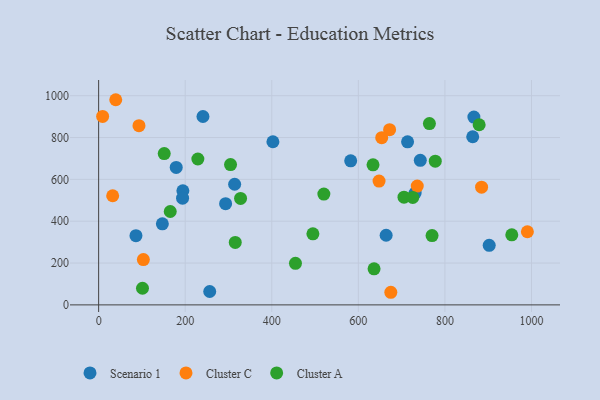
{"axis": {"x": "Experience", "y": "Rating"}, "legend": ["Cluster A", "Cluster C", "Scenario 1"], "data": [{"x": "241.0", "y": 900.6, "type": "Scenario 1"}, {"x": "402.6", "y": 779.9, "type": "Scenario 1"}, {"x": "293.3", "y": 483.8, "type": "Scenario 1"}, {"x": "86.2", "y": 331.0, "type": "Scenario 1"}, {"x": "743.1", "y": 691.0, "type": "Scenario 1"}, {"x": "194.6", "y": 545.6, "type": "Scenario 1"}, {"x": "179.2", "y": 657.1, "type": "Scenario 1"}, {"x": "193.9", "y": 510.2, "type": "Scenario 1"}, {"x": "866.9", "y": 897.8, "type": "Scenario 1"}, {"x": "147.2", "y": 387.4, "type": "Scenario 1"}, {"x": "256.6", "y": 64.0, "type": "Scenario 1"}, {"x": "314.2", "y": 576.7, "type": "Scenario 1"}, {"x": "713.7", "y": 779.5, "type": "Scenario 1"}, {"x": "731.2", "y": 534.4, "type": "Scenario 1"}, {"x": "902.3", "y": 284.9, "type": "Scenario 1"}, {"x": "582.3", "y": 688.6, "type": "Scenario 1"}, {"x": "664.2", "y": 332.9, "type": "Scenario 1"}, {"x": "864.2", "y": 803.7, "type": "Scenario 1"}, {"x": "672.2", "y": 837.7, "type": "Cluster C"}, {"x": "39.5", "y": 980.7, "type": "Cluster C"}, {"x": "990.5", "y": 349.6, "type": "Cluster C"}, {"x": "884.7", "y": 562.9, "type": "Cluster C"}, {"x": "9.2", "y": 900.7, "type": "Cluster C"}, {"x": "32.4", "y": 521.6, "type": "Cluster C"}, {"x": "675.0", "y": 60.3, "type": "Cluster C"}, {"x": "93.2", "y": 856.7, "type": "Cluster C"}, {"x": "647.8", "y": 592.0, "type": "Cluster C"}, {"x": "736.1", "y": 568.0, "type": "Cluster C"}, {"x": "654.0", "y": 799.3, "type": "Cluster C"}, {"x": "103.3", "y": 216.8, "type": "Cluster C"}, {"x": "777.7", "y": 686.9, "type": "Cluster A"}, {"x": "151.5", "y": 723.4, "type": "Cluster A"}, {"x": "636.3", "y": 172.3, "type": "Cluster A"}, {"x": "454.7", "y": 198.5, "type": "Cluster A"}, {"x": "764.2", "y": 866.9, "type": "Cluster A"}, {"x": "520.3", "y": 529.5, "type": "Cluster A"}, {"x": "705.5", "y": 514.8, "type": "Cluster A"}, {"x": "315.6", "y": 298.6, "type": "Cluster A"}, {"x": "879.1", "y": 861.0, "type": "Cluster A"}, {"x": "954.5", "y": 335.0, "type": "Cluster A"}, {"x": "101.3", "y": 79.6, "type": "Cluster A"}, {"x": "229.2", "y": 697.3, "type": "Cluster A"}, {"x": "770.3", "y": 331.5, "type": "Cluster A"}, {"x": "633.9", "y": 669.6, "type": "Cluster A"}, {"x": "327.9", "y": 508.8, "type": "Cluster A"}, {"x": "725.7", "y": 513.8, "type": "Cluster A"}, {"x": "304.7", "y": 670.7, "type": "Cluster A"}, {"x": "165.4", "y": 446.4, "type": "Cluster A"}, {"x": "495.0", "y": 339.6, "type": "Cluster A"}]}